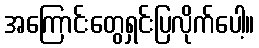
အကြောင်းတွေရှင်းပြလိုက်ပေါ့။